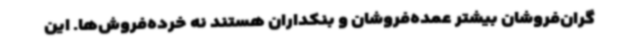
گران‌فروشان بیشتر عمده‌فروشان و بنکداران هستند نه خرده‌فروش‌ها. این